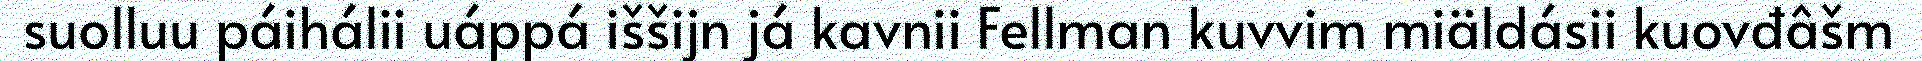
suolluu páihálii uáppá iššijn já kavnii Fellman kuvvim miäldásii kuovđâšm